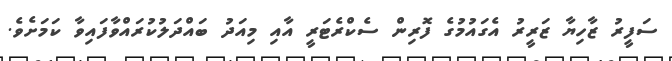
ސަފީރު ޒާހިޔާ ޒަރީރު އެގައުމުގެ ފޮރިން ސެކްރެޓަރީ އާއި މިއަދު ބައްދަލުކުރައްވާފައިވާ ކަމަށެވެ.